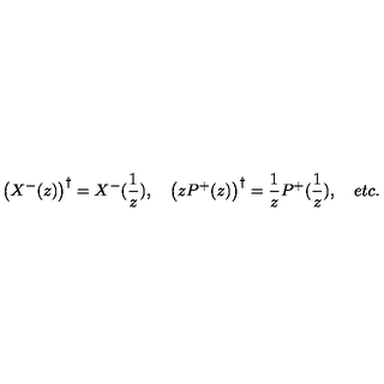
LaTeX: \left( X ^ { - } ( z ) \right) ^ { \dagger } = X ^ { - } ( \frac 1 z ) , \quad \left( z P ^ { + } ( z ) \right) ^ { \dagger } = \frac 1 z P ^ { + } ( \frac 1 z ) , \quad e t c .